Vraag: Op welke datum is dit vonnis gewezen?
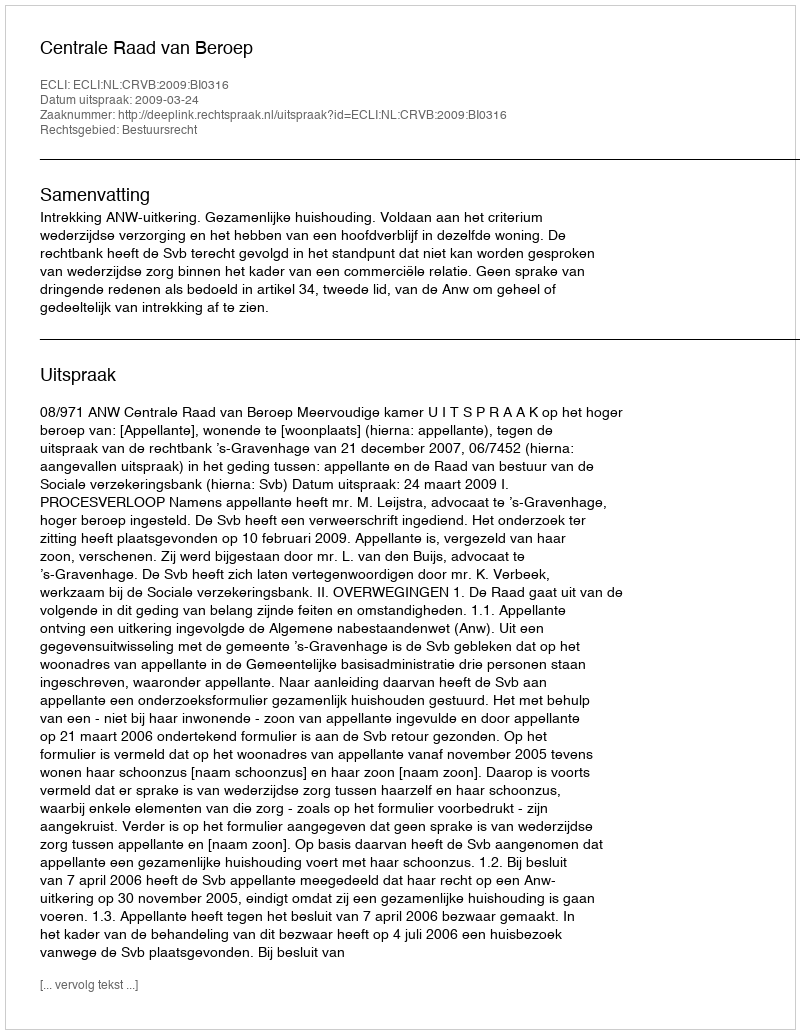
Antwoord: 2009-03-24